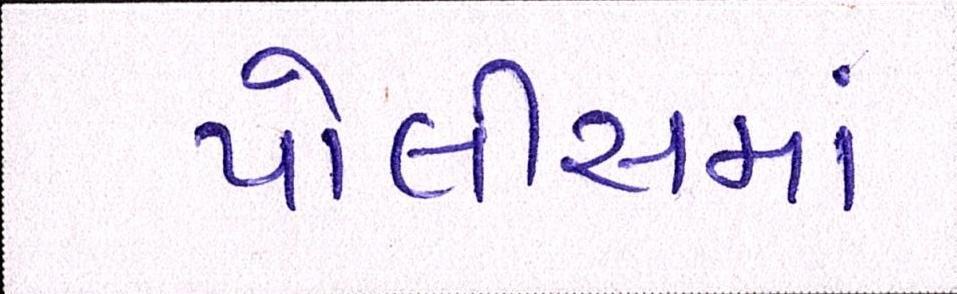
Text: પોલીસમાં